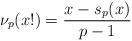
LaTeX: \begin{align*} \nu_{p}(x!) = \frac{x - s_{p}(x)}{p-1} \end{align*}